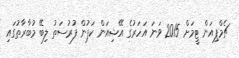
ޗެމްޕިއަން ޓީމަށް 2015 ވަނަ އަހަރުގެ އޭޝިއަން ކަޕުން ފުރުސަތު ލިބޭ މުބާރާތުގައި